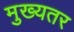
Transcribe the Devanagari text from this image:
मुख्यतर